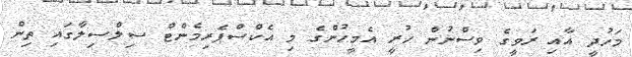
މަހުދީ އާއި ރަވީގެ ވިސްނުން ހުރީ އެމީހުންގެ މި އެކްސްޕެރިމެންޓް ސިލްސިލާގައި ތިން